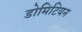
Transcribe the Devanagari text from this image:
डोमिटियन